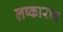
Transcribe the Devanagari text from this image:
लष्कारात